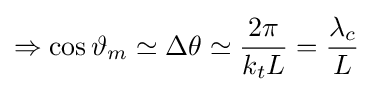
\Rightarrow \cos \vartheta _{m}\simeq \Delta \theta \simeq {\frac {2\pi }{k_{t}L}}={\frac {\lambda _{c}}{L}}